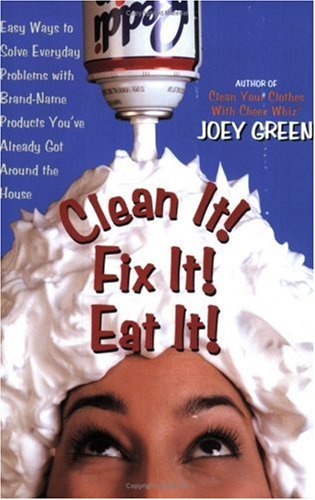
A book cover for Clean It! Fix It! Eat It!: Easy Ways to Solve Everyday Problems with Brand-Name Products You've Already Got Around the House; Joey Green; Crafts, Hobbies & Home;